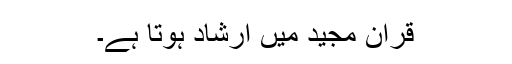
قرآن مجید میں ارشاد ہوتا ہے۔